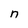
Character: n